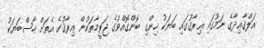
އަލްޤާޢިދާގެ ނަމުގައި ޢިރާޤުގައި ބަޔަކު ހިންގި ބޮންގޮއްވުގެ ޖަރީމާތަކުން ޢިރާޤުގެ އެތަށް ހާސްބަޔަކު